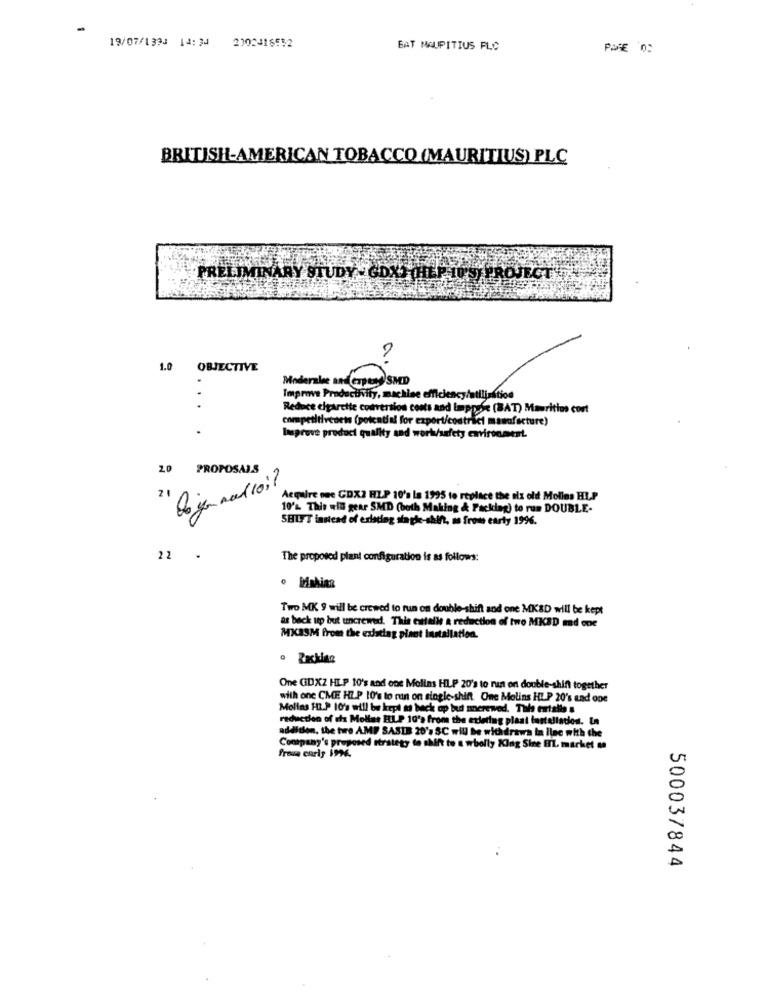
19/07/1393 14: 34 2302416552
BAT MAUPITIUS FLC
POSE 0:
BRITISH-AMERICAN TOBACCO (MAURITIUS) PLC
PRELIMINARY STUDY- CONS (HEP JU PROJECT7
1.0 OBJECTIVE
Moderabe sad erptsd SMD
Improve Productivity, machine efficiency/utilisation
Reduce cigarette conversion costs and Imppor (BAT) Mauritius cont
competitivedets (potential for export/codtrici masafacture)
lasprove product quality and work/safety environment.
20 PROPOSALS
logo naloi?
Acquire one CDX2 HLP 10's Is 1995 to replace the olz old Molles HLP
30
10'%. This will gear SMD (both Making & Packing) to run DOUBLE-
SHILFT instead of existing single-shift, as from carty 1996.
22
The proposed plant configuration is as follows:
Two MK 9 will be crewed to run on double-shift and one MKBD will be kept
as back up but uncrewed. This estelle a reduction of two MKBD mad one
MKBSM from the existing plant Installation.
One GDXZ HLP 10's and one Molins HLP 20's to nan on double-shift together
with one CME HLP 10's to ruin on single-shift. One Molins HLP 20's cad one
Molins HI.P 10's will be kept as beck op but noncrewed. This entails &
reduction of os Molias HULP 10's from the exleriug plaat installation. In
addition, the ture AMP SASIB 20's SC will be with drawa In ilac with the
Company's proposed strategy to shift to a wholly King Sire HL. market an
Presa early 1994.
500037844